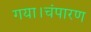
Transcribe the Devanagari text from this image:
गया।चंपारण